Civil Veterinary Dept. Bombay admin report 1893-99 - 1893-1899
Year: 1893
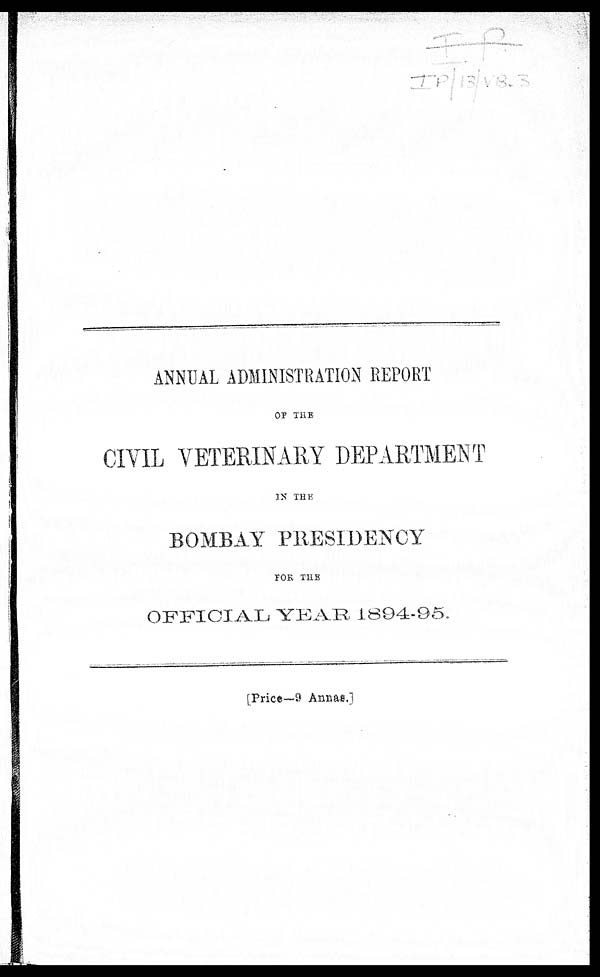
ANNUAL ADMINISTRATION REPORT
OF THE
CIVIL VETERINARY DEPARTMENT
IN THE
BOMBAY PRESIDENCY
FOR THE
OFFICIAL YEAR 1894-95.
[Price—9 Annas.]